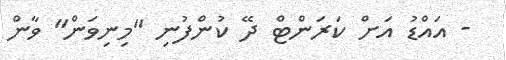
- އައްޑު އަށް ކަރަންޓް ދޭ ކުންފުނި "މިނިވަން" ވާން